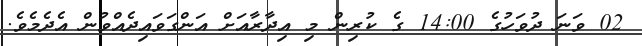
02 ވަނަ ދުވަހުގެ 14:00 ގެ ކުރިން މި އިދާރާއަށް އަންގަވައިދެއްވުން އެދެމެވެ.